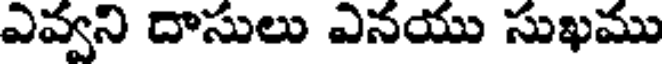
ఎవ్వని దాసులు ఎనయు సుఖము